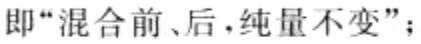
即“混合前、后，纯量不变”；